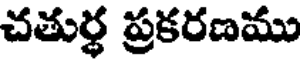
చతుర్ధ ప్రకరణము